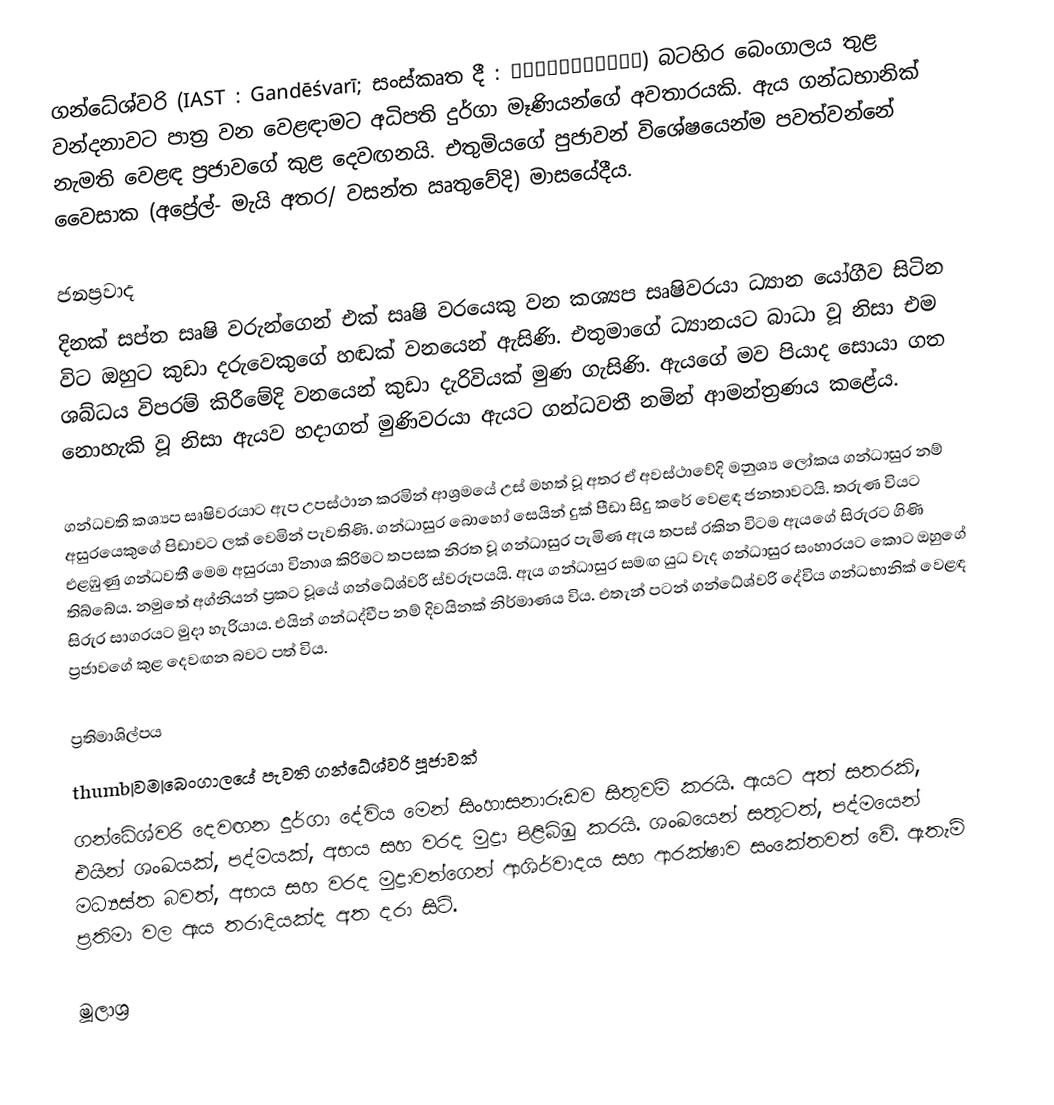
ගන්ධේශ්වරි (IAST : Gandēśvarī; සංස්කෘත දී : गान्देश्वरी) බටහිර බෙංගාලය තුළ වන්දනාවට පාත්‍ර වන වෙළඳාමට අධිපති දුර්ගා මෑණියන්ගේ අවතාරයකි. ඇය ගන්ධභානික් නැමති වෙළඳ ප්‍රජාවගේ කුළ දෙවඟනයි. එතුමියගේ පුජාවන් විශේෂයෙන්ම පවත්වන්නේ වෛසාක (අප්‍රේල්- මැයි අතර/ වසන්ත ඍතුවේදි) මාසයේදීය.

ජනප්‍රවාද
දිනක් සප්ත සෘෂි වරුන්ගෙන් එක් සෘෂි වරයෙකු වන කශ්‍යප සෘෂිවරයා ධ්‍යාන යෝගීව සිටින විට ඔහුට කුඩා දරුවෙකුගේ හඬක් වනයෙන් ඇසිණි. එතුමාගේ ධ්‍යානයට බාධා වූ නිසා එම ශබ්ධය විපරම් කිරීමේදි වනයෙන් කුඩා දැරිවියක් මුණ ගැසිණි. ඇයගේ මව පියාද සොයා ගත නොහැකි වූ නිසා ඇයව හදාගත් මුණිවරයා ඇයට ගන්ධවතී නමින් ආමන්ත්‍රණය කළේය.

ගන්ධවති කශ්‍යප සෘෂිවරයාට ඇප උපස්ථාන කරමින් ආශ්‍රමයේ උස් මහත් වූ අතර ඒ අවස්ථාවේදි මනුශ්‍ය ලෝකය ගන්ධාසුර නම් අසුරයෙකුගේ පිඩාවට ලක් වෙමින් පැවතිණි. ගන්ධාසුර බොහෝ සෙයින් දුක් පීඩා සිදු කරේ වෙළඳ ජනතාවටයි. තරුණ වියට එළඹුණු ගන්ධවතී මෙම අසුරයා විනාශ කිරිමට තපසක නිරත වූ ගන්ධාසුර පැමිණ ඇය තපස් රකින විටම ඇයගේ සිරුරට ගිණි තිබ්බේය. නමුතේ අග්නියන් ප්‍රකට වූයේ ගන්ධේශ්වරී ස්වරූපයයි. ඇය ගන්ධාසුර සමඟ යුධ වැද ගන්ධාසුර සංහාරයට කොට ඔහුගේ සිරුර සාගරයට මුදා හැරියාය. එයින් ගන්ධද්වීප නම් දිවයිනක් නිර්මාණය විය. එතැන් පටන් ගන්ධේශ්වරි දේවිය ගන්ධභානික් වෙළඳ ප්‍රජාවගේ කුළ දෙවඟන බවට පත් විය.

ප්‍රතිමාශිල්පය
thumb|වම|බෙංගාලයේ පැවති ගන්ධේශ්වරි පූජාවක්
ගන්ධේශ්වරි දෙවඟන දුර්ගා දේවිය මෙන් සිංහාසනාරූඩව සිතුවම් කරයි. ඇයට අත් සතරකි, එයින් ශංඛයක්, පද්මයක්, අභය සහ වරද මුද්‍රා පිළිබිඹු කරයි. ශංඛයෙන් සතුටත්, පද්මයෙන් මධ්‍යස්ත බවත්, අභය සහ වරද මුද්‍රාවන්ගෙන් ආශිර්වාදය සහ ආරක්ෂාව සංකේතවත් වේ. ඇතැම් ප්‍රතිමා වල ඇය තරාදියක්ද අත දරා සිටි.

මූලාශ්‍ර